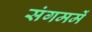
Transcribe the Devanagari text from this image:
संगममें